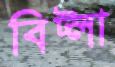
বিট্লা